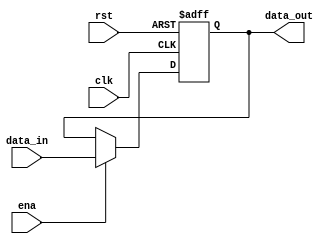
`timescale 1ns / 1ps
//////////////////////////////////////////////////////////////////////////////////
// Company: 
// Engineer: 
// 
// Design Name: 
// Module Name: HI
// Project Name: 
// Target Devices: 
// Tool Versions: 
// Description: 
// 
// Dependencies: 
// 
// Revision:
// Revision 0.01 - File Created
// Additional Comments:
// 
//////////////////////////////////////////////////////////////////////////////////


module HI#(parameter startAddress = 32'h00000000)
(input clk,rst,ena,
input [31:0]data_in,
output reg [31:0] data_out
);

always@(posedge clk or posedge rst)
begin
if (rst)
data_out <= startAddress;
else if (ena)
data_out <= data_in;
else
data_out <= data_out;
end
endmodule